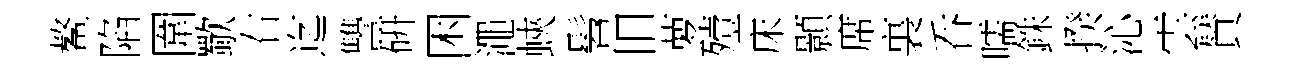
鳌陷圍歜右迄讐硏困澠蛺髫旧萝殪床顥席裏呑嚅銖揆沁雲賛